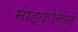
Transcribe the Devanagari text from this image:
माइकोकैन